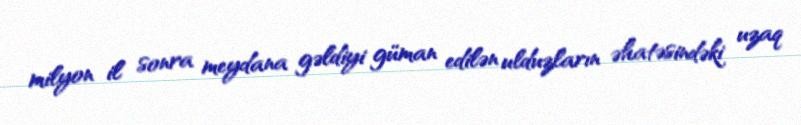
milyon il sonra meydana gəldiyi güman edilən ulduzların əhatəsindəki uzaq